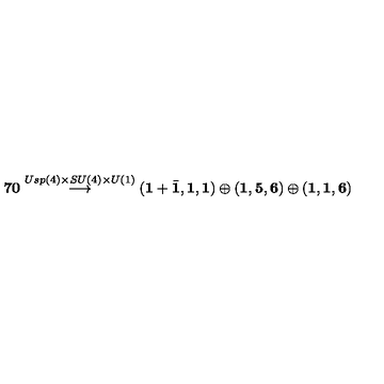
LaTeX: { \bf 7 0 } \stackrel { U s p ( 4 ) \times S U ( 4 ) \times U ( 1 ) } { \longrightarrow } \left( { \bf 1 } + { \bar { \bf 1 } } , { \bf 1 } , { \bf 1 } \right) \oplus \left( { \bf 1 } , { \bf 5 } , { \bf 6 } \right) \oplus \left( { \bf 1 } , { \bf 1 } , { \bf 6 } \right)